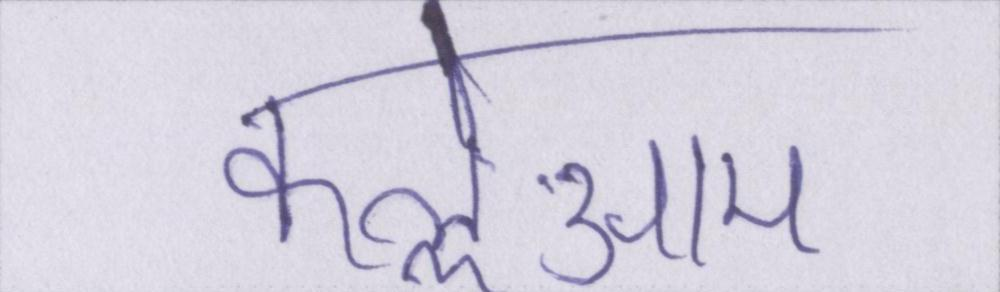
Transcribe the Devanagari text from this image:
कत्लेआम